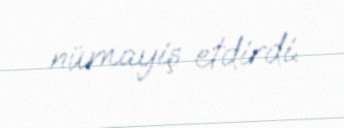
nümayiş etdirdi.